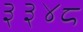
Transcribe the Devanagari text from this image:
३३४८